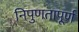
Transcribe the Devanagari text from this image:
निपुणतापूर्ण